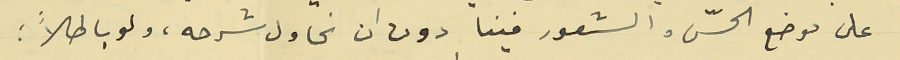
على موضع الحسّ والشعور فينا دون ان نحاول شرحه، ولو باطلاً ؛